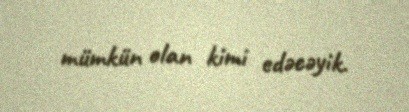
mümkün olan kimi edəcəyik.